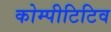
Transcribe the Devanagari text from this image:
कोम्पीटिटिव